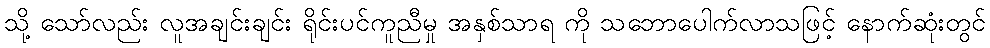
သို့ သော်လည်း လူအချင်းချင်း ရိုင်းပင်ကူညီမှု အနှစ်သာရ ကို သဘောပေါက်လာသဖြင့် နောက်ဆုံးတွင်